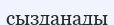
сызданады